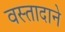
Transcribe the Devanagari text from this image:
वस्तादाने